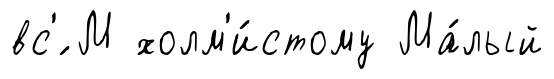
вс'́ М холм'и́стому Ма́лый